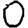
Digit: 0